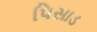
પિસાડ